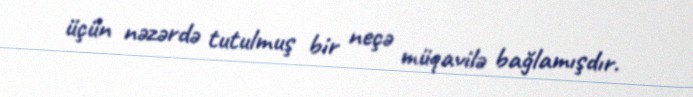
üçün nəzərdə tutulmuş bir neçə müqavilə bağlamışdır.